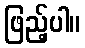
ဖြည့်ပါ။